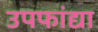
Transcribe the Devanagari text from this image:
उपफांद्या